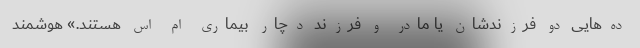
ده‌هایی دو فرزندشان یا مادر و فرزند دچار بیماری ام اس هستند.» هوشمند